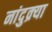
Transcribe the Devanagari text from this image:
नांदुक्र्या